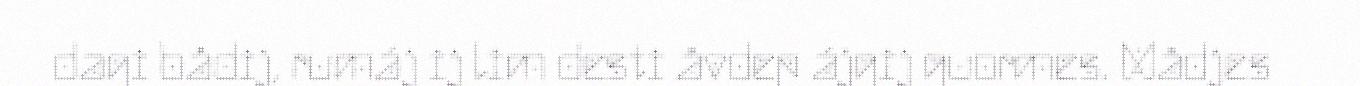
dagi bådij, rumáj ij lim desti åvdep ájgij guormes. Mådjes